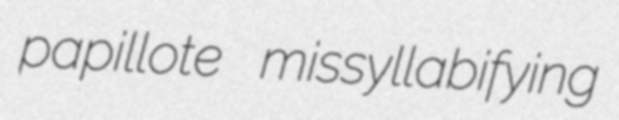
papillote missyllabifying